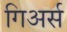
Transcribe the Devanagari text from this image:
गिअर्स